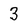
Character: 3